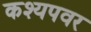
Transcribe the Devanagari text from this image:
कश्यपवर